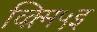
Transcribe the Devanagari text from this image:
व्क़्मि५इ